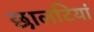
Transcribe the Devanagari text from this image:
छालटियां